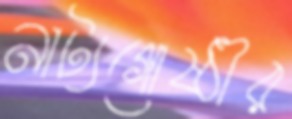
নাট্যগোষ্ঠীর